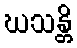
ဃသန္တိ